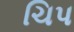
ચિપ